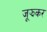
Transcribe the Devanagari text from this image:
जूझकर